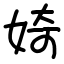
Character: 婍